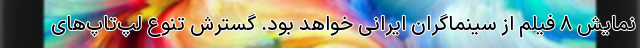
نمایش ۸ فیلم از سینماگران ایرانی خواهد بود. گسترش تنوع لپ‌تاپ‌های